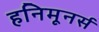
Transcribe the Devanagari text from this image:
हनिमूनर्स